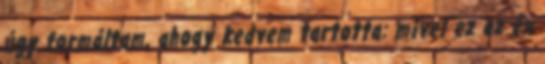
úgy formáltam, ahogy kedvem tartotta: mivel ez az én